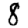
Digit: 8